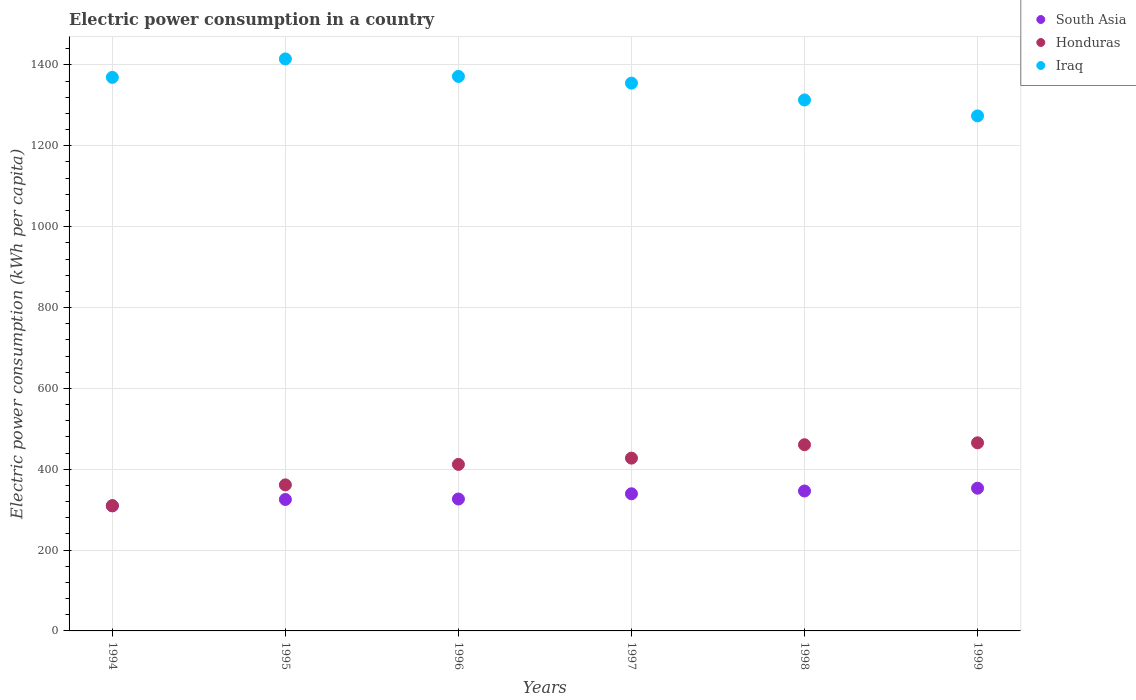
| Years | South Asia | Honduras | Iraq |
 | --- | --- | --- | --- |
 | 1994 | 309 | 310 | 1.37e+03 |
 | 1995 | 325 | 361 | 1.41e+03 |
 | 1996 | 326 | 412 | 1.37e+03 |
 | 1997 | 339 | 427 | 1.36e+03 |
 | 1998 | 346 | 461 | 1.31e+03 |
 | 1999 | 353 | 465 | 1.27e+03 |